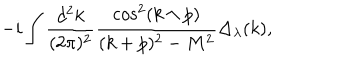
- i \int \frac { d ^ { 2 } k } { ( 2 \pi ) ^ { 2 } } \frac { \cos ^ { 2 } ( k \wedge p ) } { ( k + p ) ^ { 2 } - M ^ { 2 } } \Delta _ { \lambda } ( k ) ,